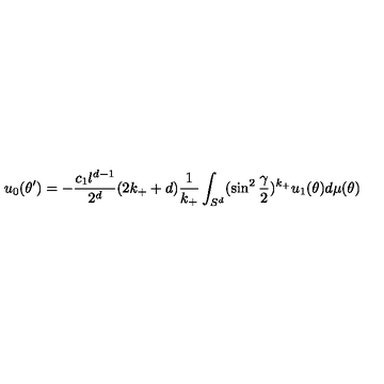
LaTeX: u _ { 0 } ( \theta ^ { \prime } ) = - { \frac { c _ { 1 } l ^ { d - 1 } } { 2 ^ { d } } } ( 2 k _ { + } + d ) { \frac { 1 } { k _ { + } } } \int _ { S ^ { d } } ( \sin ^ { 2 } { \frac { \gamma } { 2 } } ) ^ { k _ { + } } u _ { 1 } ( \theta ) d \mu ( \theta ) ~